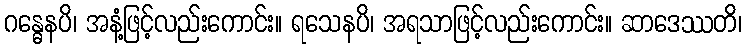
ဂန္ဓေနပိ၊ အနံ့ဖြင့်လည်းကောင်း။ ရသေနပိ၊ အရသာဖြင့်လည်းကောင်း။ ဆာဒေဿတိ၊